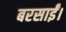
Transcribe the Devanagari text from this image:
बरसाईं।